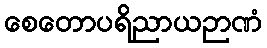
စေတောပရိညာယဉာဏံ